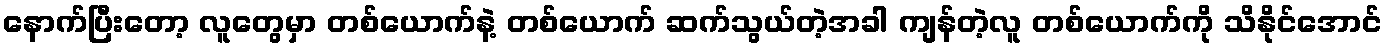
နောက်ပြီးတော့ လူတွေမှာ တစ်ယောက်နဲ့ တစ်ယောက် ဆက်သွယ်တဲ့အခါ ကျန်တဲ့လူ တစ်ယောက်ကို သိနိုင်အောင်